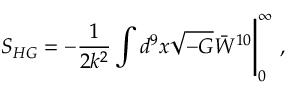
S _ { H G } = - \frac { 1 } { 2 k ^ { 2 } } \int d ^ { 9 } x \sqrt { - G } \bar { W } ^ { 1 0 } \Bigg | _ { 0 } ^ { \infty } \ ,